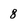
Character: 8